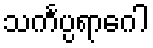
သင်္ကပ္ပရာဂေါ